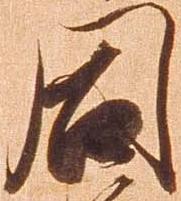
同